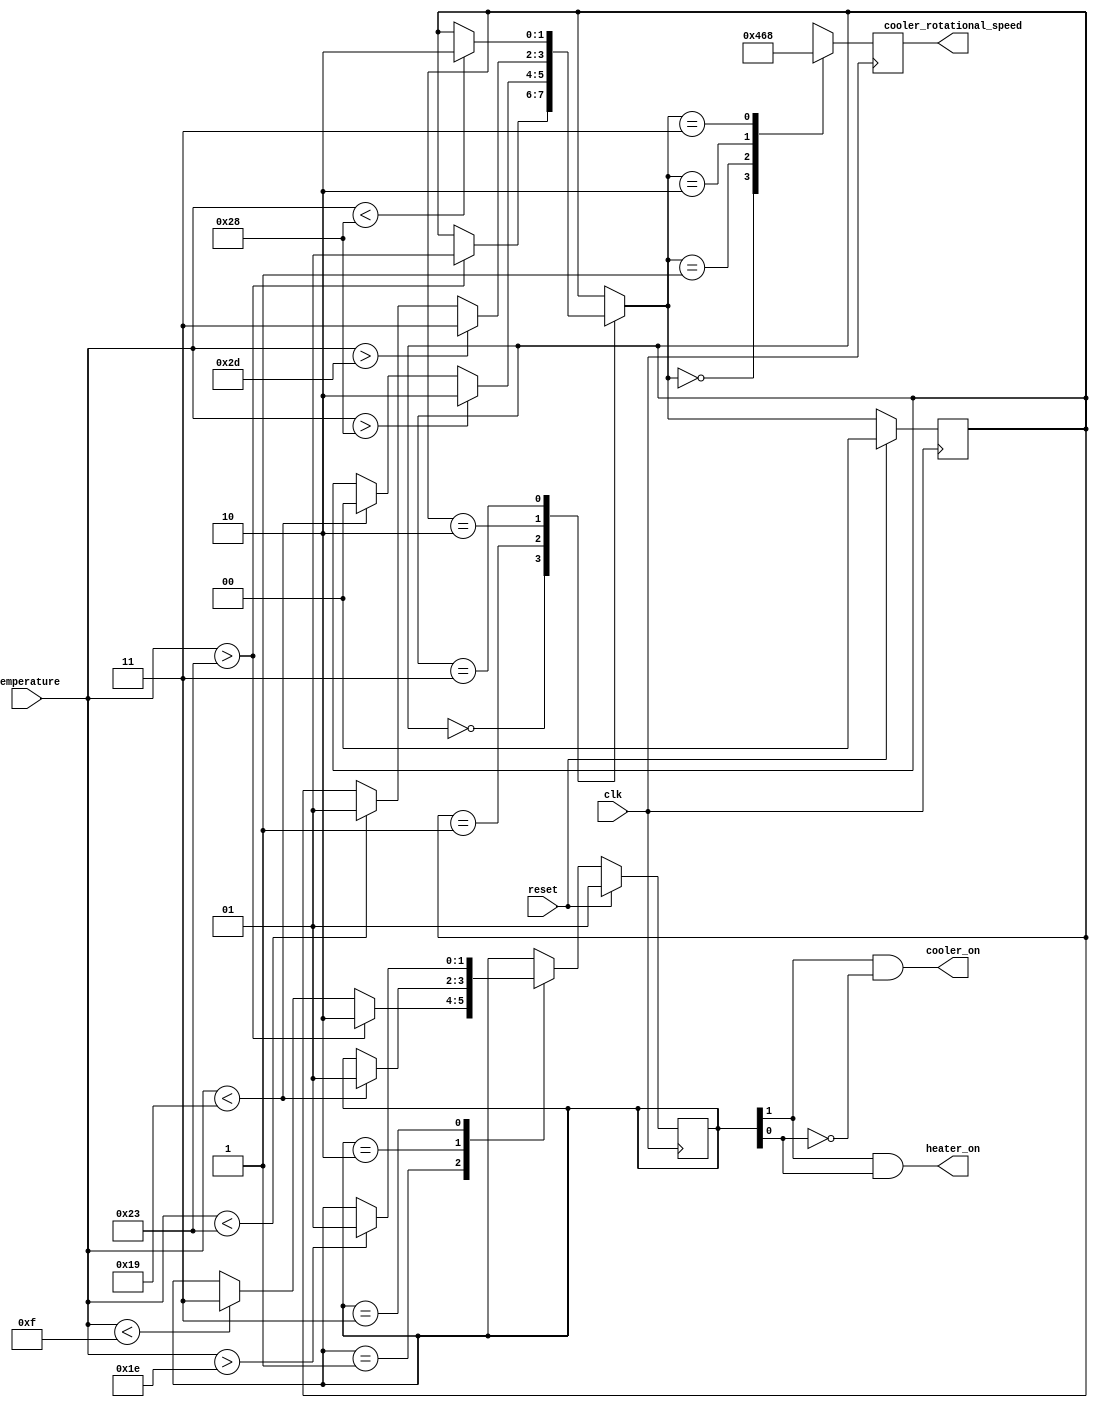
`timescale 1ns / 1ps

module Incubator(
	input clk,
	input reset,
	input signed [7:0] temperature,
	output cooler_on,
	output reg [3:0] cooler_rotational_speed,
	output heater_on
	);
	
	parameter s1 = 2'd1;
	parameter s2 = 2'd2;
	parameter s3 = 2'd3;
	
	parameter s2_out = 2'd0;
	parameter s2_s1 = 2'd1;
	parameter s2_s2 = 2'd2;
	parameter s2_s3 = 2'd3;

	// S1 = 01, S2 = 10, S3 = 11
	reg [1:0] state;
	reg [1:0] next_state;
	
	// OUT = 00, S1 = 01, S2 = 10, S3 = 11
	reg [1:0] s2_substate;
	reg [1:0] next_s2_substate;

	always @(posedge clk) begin
		if (reset) begin
			state <= s1;
			s2_substate <= s2_out;
		end else begin
			state <= next_state;
			s2_substate <= next_s2_substate;
		end				
	end
	
	// Control 
	always @(state or temperature) begin
		next_state <= state;
		next_s2_substate <= s2_substate;
		
		case (state)
			s1 : begin
				if (temperature > 35) begin
					next_state <= s2;
				end else if (temperature < 15) begin
					next_state <= s3;
				end
			end
			s2 : begin
				if (temperature < 25) begin
					next_state <= s1;
				end
			end
			s3 : begin
				if (temperature > 30) begin
					next_state <= s1;
				end
			end
		endcase
		
		case (s2_substate)
			s2_out : begin
				if (temperature > 35) begin
					next_s2_substate <= s2_s1;
				end
			end
			s2_s1 : begin
				if (temperature > 40) begin
					next_s2_substate <= s2_s2;
				end else if (temperature < 25) begin
					next_s2_substate <= s2_out;
				end
			end
			s2_s2 : begin
				if (temperature > 45) begin
					next_s2_substate <= s2_s3;
				end else if (temperature < 35) begin
					next_s2_substate <= s2_s1;
				end					
			end
			s2_s3 : begin
				if (temperature < 40) begin
					next_s2_substate <= s2_s2;
				end			
			end											
		endcase
	end
	
	// Data 
	always @(posedge clk) begin	
		case (next_s2_substate)
			s2_out : begin
				cooler_rotational_speed <= 4'd0;
			end
			s2_s1 : begin
				cooler_rotational_speed <= 4'd4;
			end
			s2_s2 : begin
				cooler_rotational_speed <= 4'd6;
			end
			s2_s3 : begin
				cooler_rotational_speed <= 4'd8;
			end											
		endcase
	end

	assign heater_on = state[1] & state[0];
	assign cooler_on = state[1] & ~state[0];

endmodule